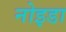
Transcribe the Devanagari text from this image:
नोइडा